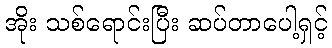
အိုး သစ်ရောင်းပြီး ဆပ်တာပေါ့ရှင့်